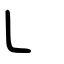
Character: ㇄